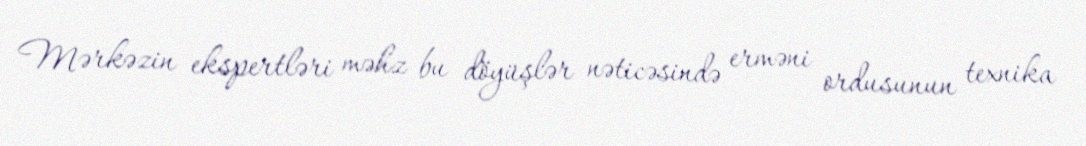
Mərkəzin ekspertləri məhz bu döyüşlər nəticəsində erməni ordusunun texnika